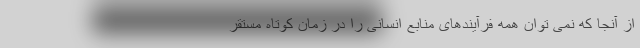
از آنجا که نمی توان همه فرآیندهای منابع انسانی را در زمان کوتاه مستقر